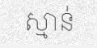
ស្មាន់